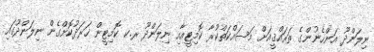
ނިލަންދޫ އަންހެނުންގެ ތަރައްޤީއަށް މަސައްކަތްކުރާ ކޮމިޓީއާއި ނިލަންދޫ ރ.ކ ކޮމިޓީން ޚަރަދުކޮށްގެން ނިލަންދޫގައި